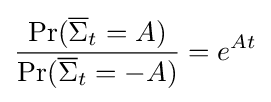
{\frac {\Pr({\overline {\Sigma }}_{t}=A)}{\Pr({\overline {\Sigma }}_{t}=-A)}}=e^{At}